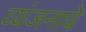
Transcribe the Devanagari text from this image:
व्यंजनाचे